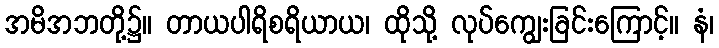
အမိအဘတို့၌။ တာယပါရိစရိယာယ၊ ထိုသို့ လုပ်ကျွေးခြင်းကြောင့်။ နံ၊